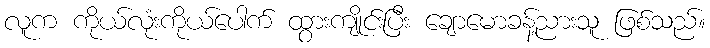
လူက ကိုယ်လုံးကိုယ်ပေါက် ထွားကျိုင်းပြီး ချောမောခန့်ညားသူ ဖြစ်သည်။